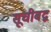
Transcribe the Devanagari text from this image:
सूचीबद्ब